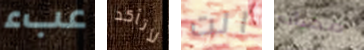
عبء لأتأكد انت مصانع